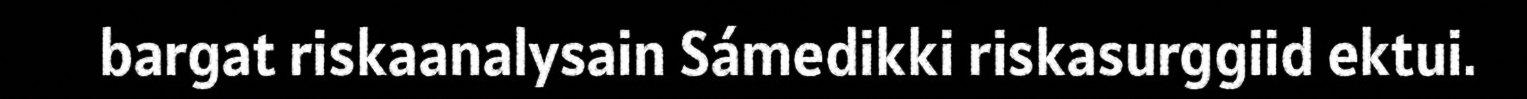
bargat riskaanalysain Sámedikki riskasurggiid ektui.